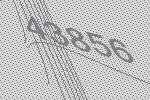
43856